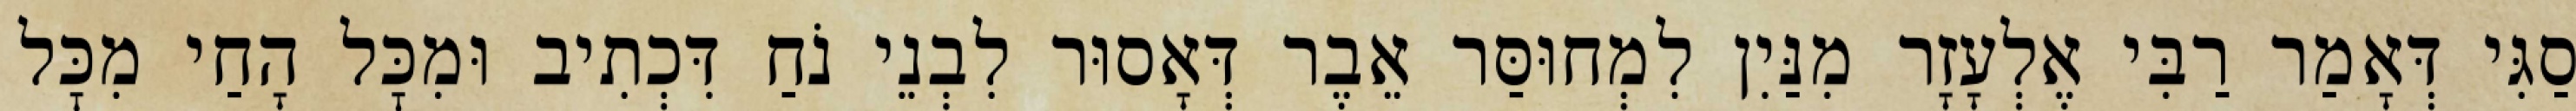
סַגִּי דְּאָמַר רַבִּי אֶלְעָזָר מִנַּיִן לִמְחוּסַּר אֵבֶר דְּאָסוּר לִבְנֵי נֹחַ דִּכְתִיב וּמִכׇּל הָחַי מִכׇּל